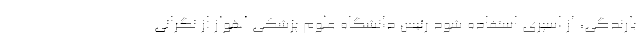
بارندگی، از اسپری استفاده شود رئیس دانشگاه علوم پزشکی اهواز از نگرانی